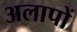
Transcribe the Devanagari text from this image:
अलापों